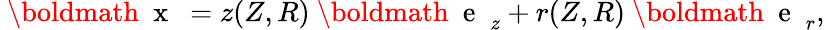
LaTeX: \begin{array}{r}{\mathrm{~\boldmath~{~x~}~}=z(Z,R)\mathrm{~\boldmath~{~e~}~}_{z}+r(Z,R)\mathrm{~\boldmath~{~e~}~}_{r},}\end{array}